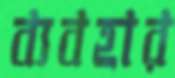
ব্যবহার